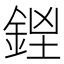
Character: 𨧓